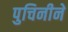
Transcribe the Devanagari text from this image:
पुचिनीने